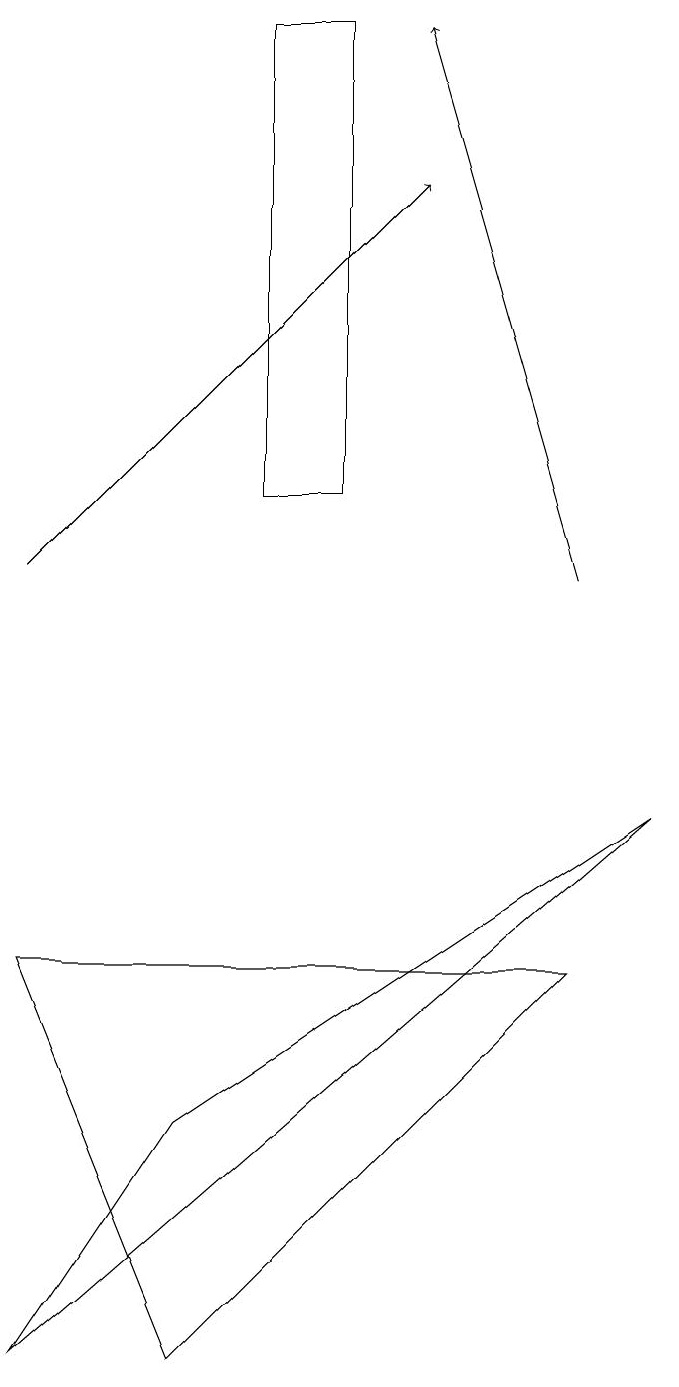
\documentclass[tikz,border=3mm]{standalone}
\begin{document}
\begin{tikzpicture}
\draw[->] (8,11) -- (6,18);
\draw (3,4) -- (1,1) -- (9,8) -- cycle;
\draw (1,6) -- (3,1) -- (8,6) -- cycle;
\draw (5,12) rectangle (4,18);
\draw[->] (1,11) -- (6,16);
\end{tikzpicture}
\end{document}